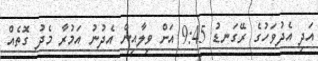
އަދި އެދުވަހުގެ ރޭގަނޑު 9:45 އަށް ވިލާއިން އެދުނު އަމުރާ މެދު ގޮތެއް